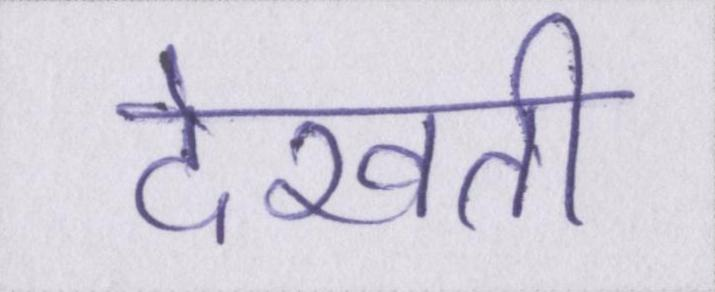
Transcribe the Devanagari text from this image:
देखती